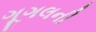
ગૂગલની